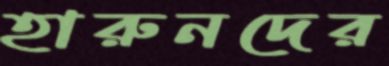
হারুনদের